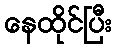
နေထိုင်ပြီး